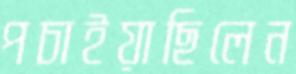
পচাইয়াছিলেন